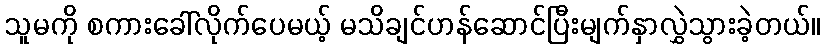
သူမကို စကားခေါ်လိုက်ပေမယ့် မသိချင်ဟန်ဆောင်ပြီးမျက်နှာလွှဲသွားခဲ့တယ်။